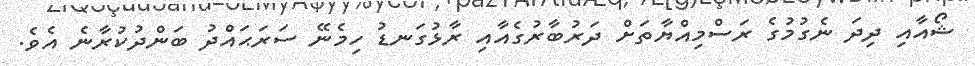
ޝޯއާއި ދިދަ ނެގުމުގެ ރަސްމިއްޔާތަށް ދަރުބާރުގެއާއި ރާޅުގަނޑު ހިމެނޭ ސަރަޙައްދު ބަންދުކުރާނެ އެވެ.